Jaan_Tonisson_(Lasteleht), lk 532
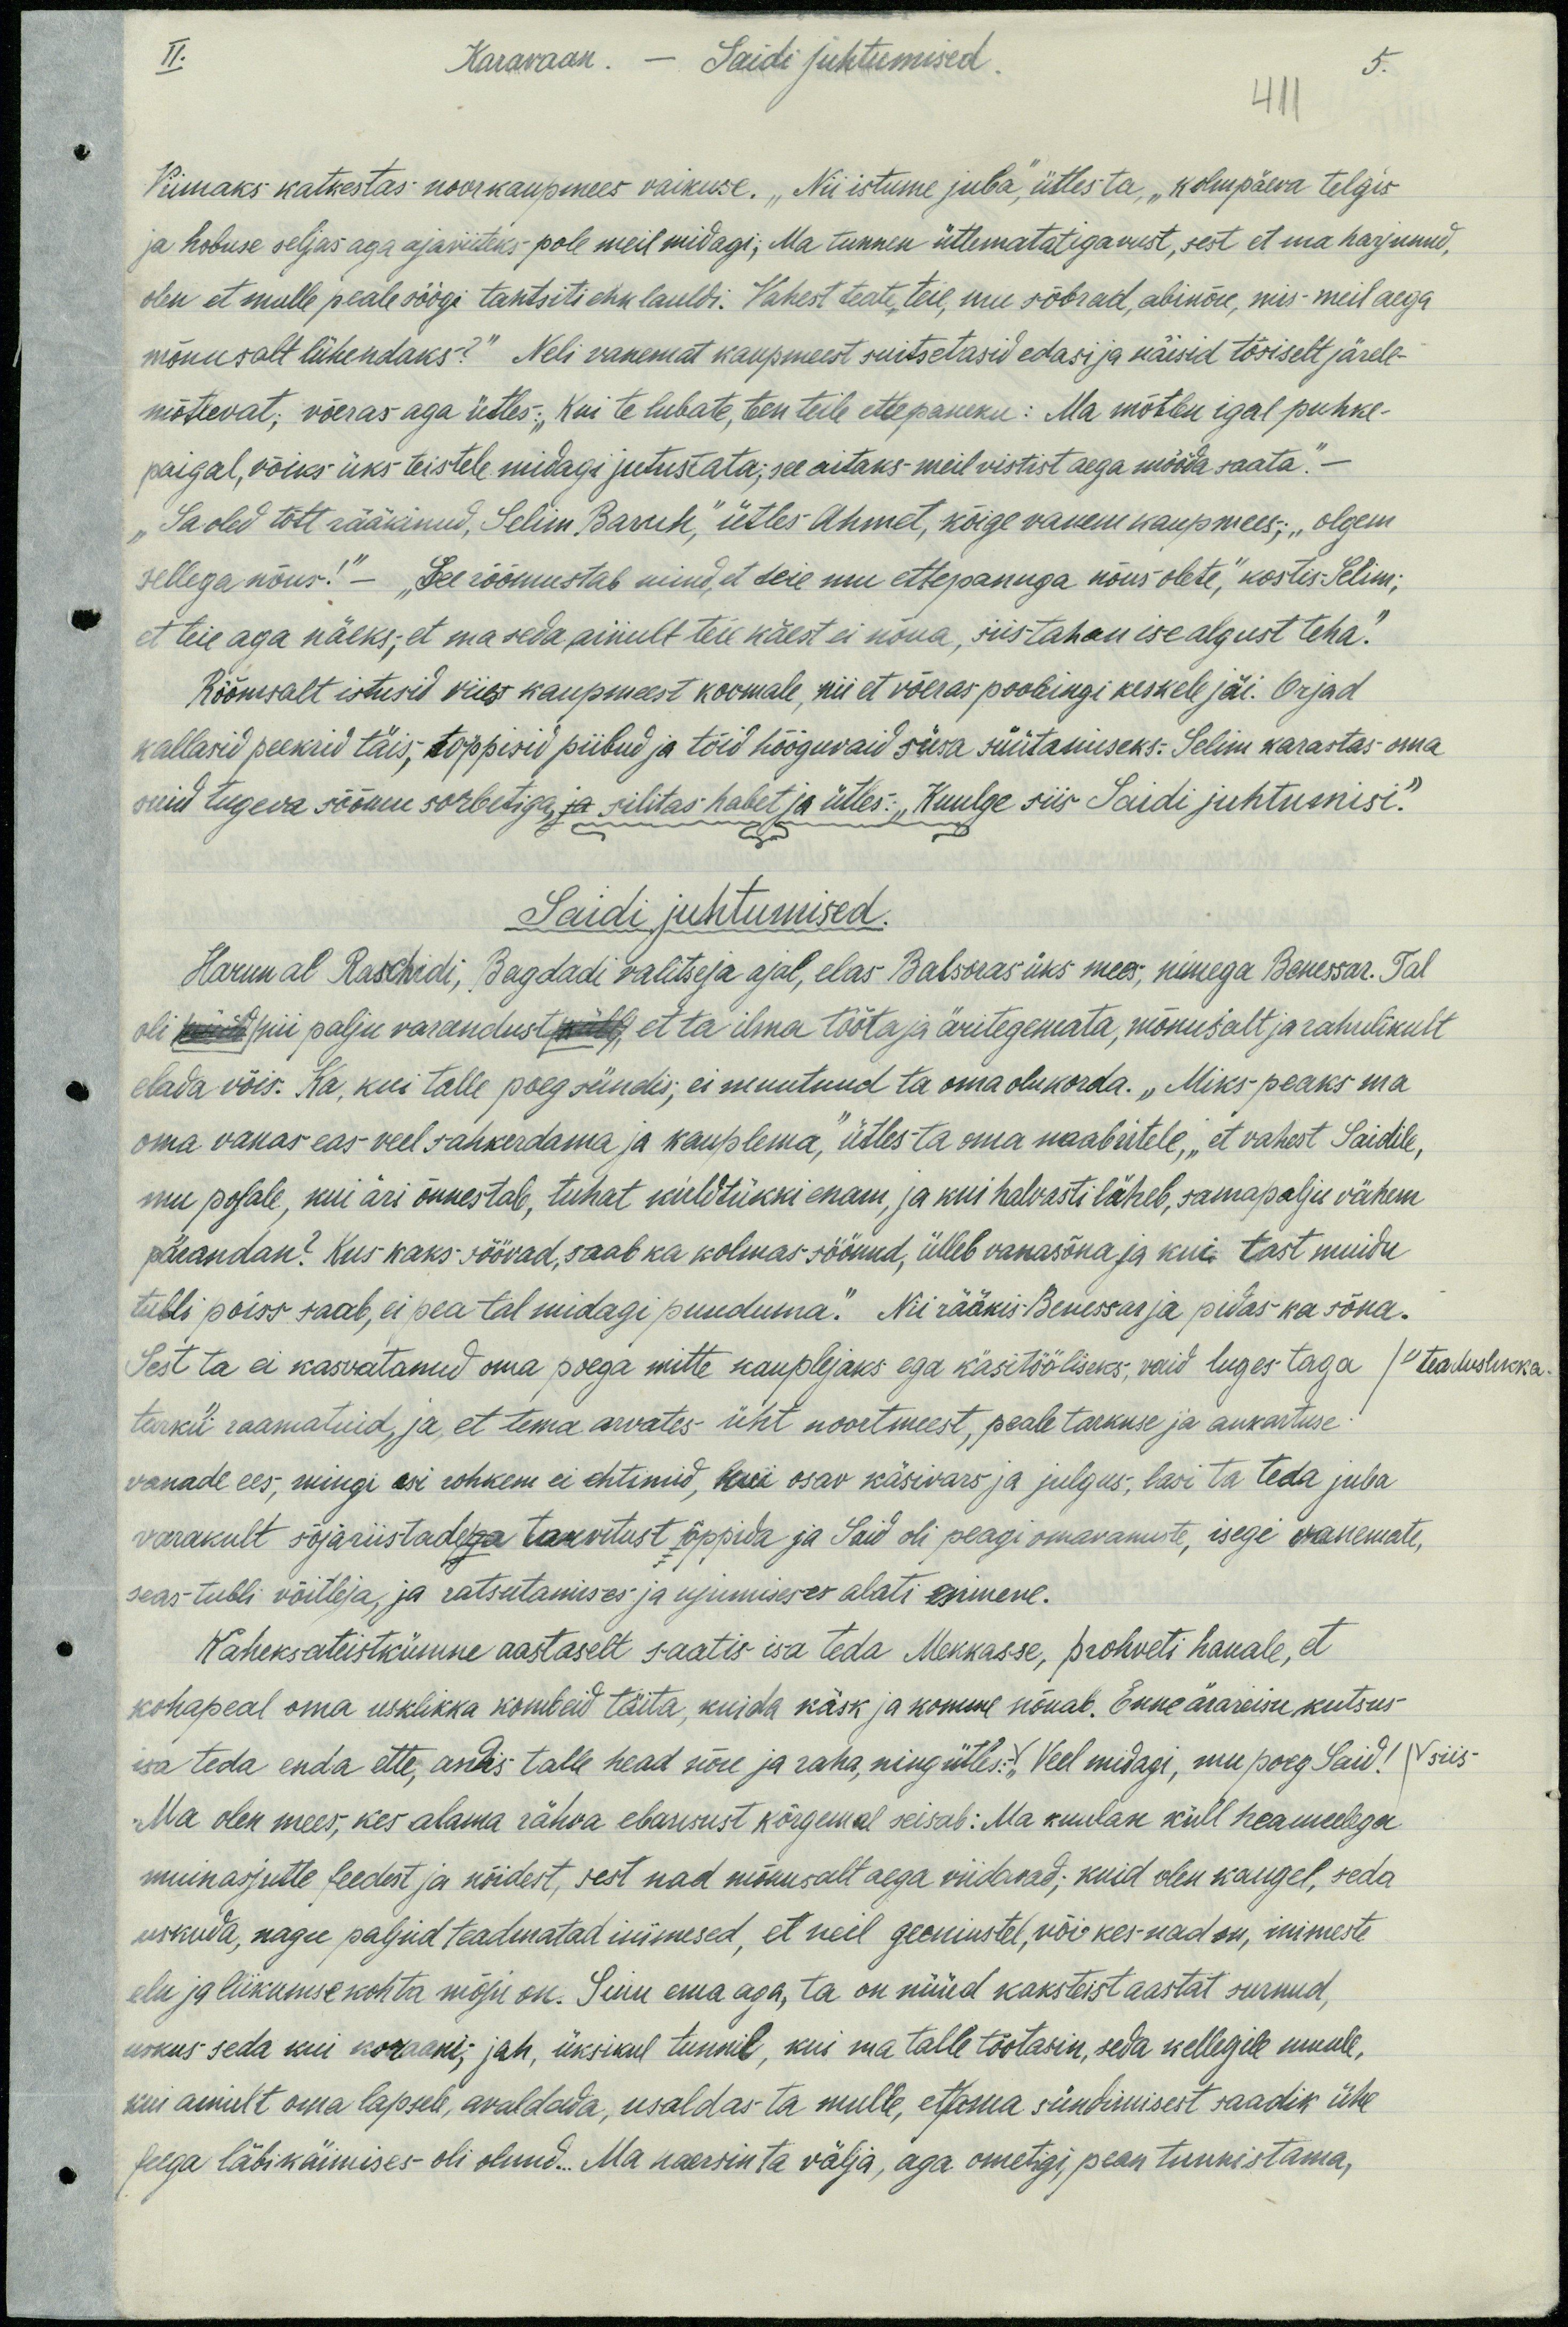
II.
Karavaan. - Saidi juhtumised.
411 5.
Viimaks katkestas noorkaupmees vaikuse. "Nii istume juba," ütles ta, "kolm päeva telgis
ja hobuse seljas aga ajaviiteks pole meil midagi; Ma tunnen ütlematat igavust, sest et ma harjunud,
olen et mulle peale söögi tantsiti ehk lauldi. Vahest teate teie, mu sõbrad, abinõu, mis meil aega
mõnusalt lühendaks?" Neli vanemat kaupmeest suitsetasid edasi ja käisid tõsiselt järele-
mõtlevat; võeras aga ütles: "Kui te lubate, teen teile ettepaneku: Ma mõtlen igal puhke-
paigal, võiks üks teistele midagi jutustata; see aitaks meil vistist aega mööda saata."
"Sa oled tõtt rääkinud, Selim Baruch", ütles Ahmet, kõige vanem kaupmees; „Olgem
sellega nõus!" - "See rõõmustab mind, et teie mu ettepanuga nõus olete", kostis Selim,
et teie aga näeks, et ma seda ainult teie käest ei nõua, siis tahan ise algust teha."
Rõõmsalt istusid viis kaupmeest koomale, nii et võeras poolringi keskele jäi. Orjad
kallasid peekrid täis, toppisid piibud ja tõid hooguvaid süsa süütamiseks. Selim karastas oma
suud tugeva sõõmu sorbetiga, ja silitas habet ja ütles: "Kuulge siis Saidi juhtumisi".
Saidi juhtumised.
Harunal Raschidi, Bagdadi valitseja ajal, elas Balsoras üks mees, nimega Benessar. Tal
oli nii palju varandust põll, et ta ilma töötaja äritegemata, mõnusalt ja rahulikult
elada võis. Ka, kui talle poeg sündis, ei muutnud ta oma olukorda. „Miks peaks ma
oma vanas eas veel sahkerdama ja kauplema," ütles ta oma naabrtele, „et vahest Saidile,
mu pojale, kui äri õnnestab, tuhat kuldtükki enam, ja kui halvasti läheb, samapalju vähem
pärandan? Kus kaks söövad, saab ka kolmas söönud, ütleb vanasõna ja kui tast muidu
tubli poiss saab, ei pea tal midagi puuduma." Nii rääkis Benessar ja pidas ka sõna.
Sest ta ei kasvatanud oma poega mitte kauplejaks ega käsitööliseks, vaid luges taga /teaduslikka
tarku raamatuid, ja et tema arvates üht noortmeest, peale tarkuse ja aukartuse-
vanade ees, mingi asi rohkem ei ehtinud, kui osav käsivars ja julgus, lasi ta teda juba
varakult sõjariistade tarvitust õppida ja Said oli peagi omavanuste, isegi wanemate,
seas-tubli võitleja, ja ratsutamises ja ujumiseses alati esimene.
Kaheksateistkümne aastaselt saatis isa teda Mekkasse, prohveti hauale, et
kohapeal oma usklikka kombeid täita, kuida käsk ja komme nõuab. Enne ärareisu kutsus
isa teda enda ette, andis talle head nõu ja raha, ning ütles: "Veel midagi, mu poeg Said! Siis
Ma olen mees, kes alama rahva ebausust kõrgemal seisab: Ma kuulan küll hea meelega
muinasjutte feedest ja nõidest, sest nad mõnusalt aega viidavad; kuid olen kaugel, seda
uskuda, nagu paljud teadmatad inimesed, et neil geeniustel, või kes nad on, inimeste
elu ja liikumise kohta mõju on. Sinu ema aga, ta on nüüd kaksteist aastat surnud,
uskus seda kui koraani; jah, üksikul tunnil, kui ma talle tõotasin, seda kellegile muule,
kui ainult oma lapsele, avaldada, usaldas ta mulle, et oma sündmisest saadik ühe
feega läb käimises oli olnud. Ma naersin ta välja, aga ometigi, pean tunnistama,